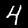
Label: 4